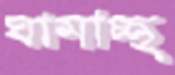
ঘামাচ্ছ